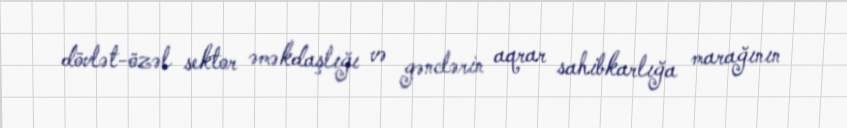
dövlət-özəl sektor əməkdaşlığı və gənclərin aqrar sahibkarlığa marağının